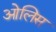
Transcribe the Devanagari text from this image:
ओलिस